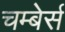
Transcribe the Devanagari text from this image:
चम्बेर्स